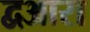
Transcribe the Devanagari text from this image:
द्वआरा